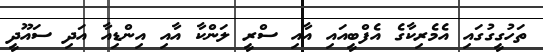
ތަހުގީގުގައި އެމެރިކާގެ އެފްބީއައި އާއި ސްރީ ލަންކާ އާއި އިންޑިއާ އަދި ސައޫދީ